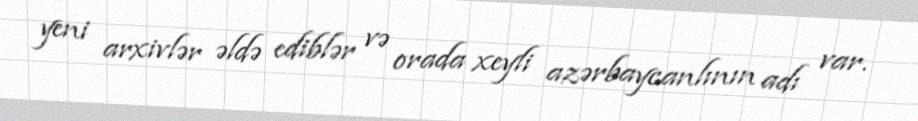
yeni arxivlər əldə ediblər və orada xeyli azərbaycanlının adı var.